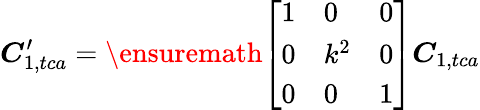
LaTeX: \boldsymbol{C}_{1,tca}^{\prime}=\ensuremath{\left[\begin{array}{lll}{1}&{0}&{0}\\ {0}&{k^{2}}&{0}\\ {0}&{0}&{1}\end{array}\right]}\boldsymbol{C}_{1,tca}